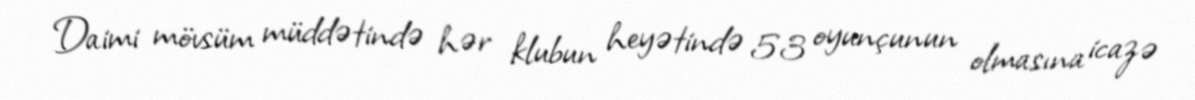
Daimi mövsüm müddətində hər klubun heyətində 53 oyunçunun olmasına icazə